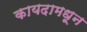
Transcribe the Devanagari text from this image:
कायदामधून